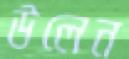
উলেন